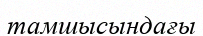
тамшысындағы